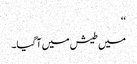
‘‘
میں طیش میں آگیا۔